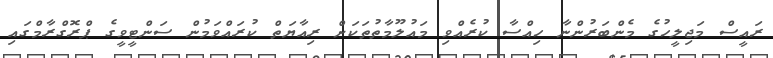
ރައީސް މަޖިލީހުގެ މެންބަރުންނާ ހިއްސާ ކުރެއްވި މައުލޫމާތުތަކަށް ރިއާޔަތް ކުރައްވަމުން ސަންޓީވީގެ ޕްރޮގްރާމްގައި